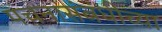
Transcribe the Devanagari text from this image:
पचनासंबंधीच्या